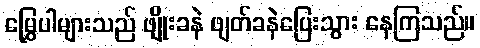
မြွှေပါများသည် ဖျိုးခနဲ ဖျတ်ခနဲပြေးသွား နေကြသည်။